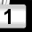
Digit: 1